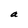
Character: a